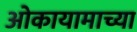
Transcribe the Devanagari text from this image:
ओकायामाच्या